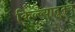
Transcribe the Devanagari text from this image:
किल्ल्यातूनच